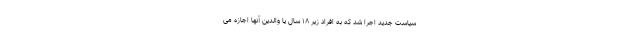
سیاست جدید اجرا شد که به افراد زیر ۱۸ سال یا والدین آنها اجازه می